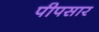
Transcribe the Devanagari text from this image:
पीपसार